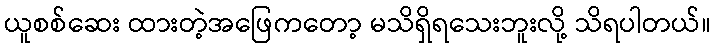
ယူစစ်ဆေး ထားတဲ့အဖြေကတော့ မသိရှိရသေးဘူးလို့ သိရပါတယ်။